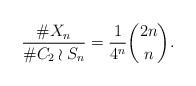
LaTeX: \begin{align*} \frac{\#X_n}{\#C_2\wr S_n} = \frac{1}{4^n}\binom{2n}{n}. \end{align*}